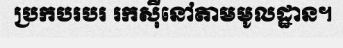
ប្រកបរបរ រកស៊ីនៅតាមមូលដ្ឋាន។